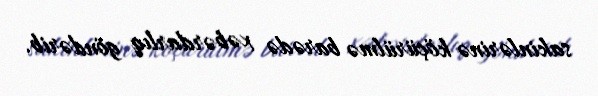
sakinlərinə köçürülmə barədə xəbərdarlıq göndərib.